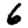
Digit: 6